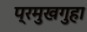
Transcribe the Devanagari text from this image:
प्रमुखगुहा